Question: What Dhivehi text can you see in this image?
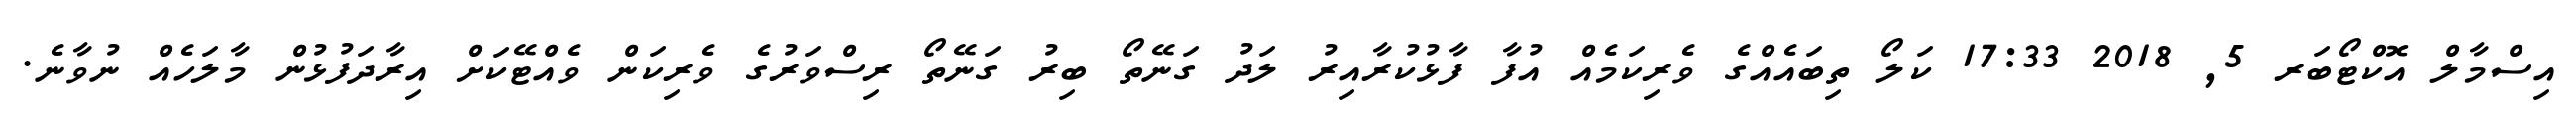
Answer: އިސްމާލް އޮކްޓޯބަރ 5, 2018 17:33 ކަލޯ ތިބައެއްގެ ވެރިކަމެއް އުފާ ފާޅުކުރާއިރު ލަދު ގަނޭތޯ ބިރު ގަނޭތޯ ރިސްވަރުގެ ވެރިކަން ވެއްޓޭކަށް އިރާދަފުޅުން މާލަހެއް ނުވާނެ.